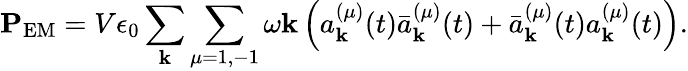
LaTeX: \mathbf{P}_{\textrm{EM}}=V\epsilon_{0}\sum_{\mathbf{k}}\sum_{\mu=1,-1}\omega\mathbf{k}\left(a_{\mathbf{k}}^{(\mu)}(t){\bar{a}}_{\mathbf{k}}^{(\mu)}(t)+{\bar{a}}_{\mathbf{k}}^{(\mu)}(t)a_{\mathbf{k}}^{(\mu)}(t)\right).